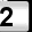
Digit: 2